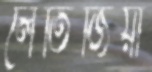
লেতিজিয়া